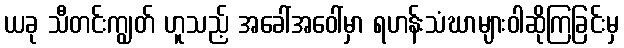
ယခု သီတင်းကျွတ် ဟူသည့် အခေါ်အဝေါ်မှာ ရဟန်းသံဃာများဝါဆိုကြခြင်းမှ